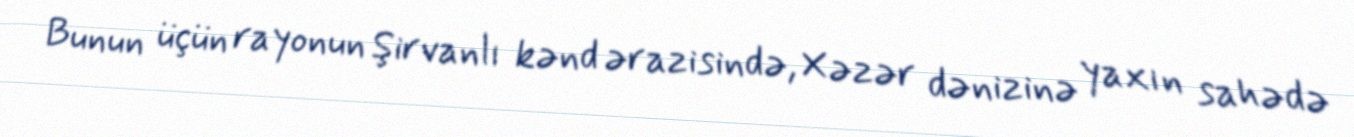
Bunun üçün rayonun Şirvanlı kənd ərazisində, Xəzər dənizinə yaxın sahədə